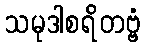
သမုဒါစရိတဗ္ဗံ